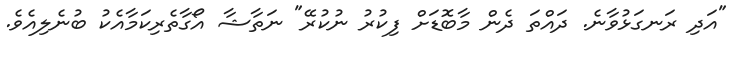
"އަދި ރަނގަޅުވާނެ. ދައްތަ ދެން މާބޮޑަށް ފިކުރު ނުކުރޭ" ނަތާޝާ އޯގާތެރިކަމާއެކު ބުނެލިއެވެ.